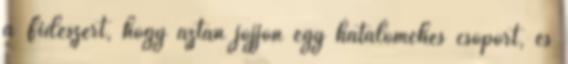
a Fideszért, hogy aztán jöjjön egy hataloméhes csoport, és